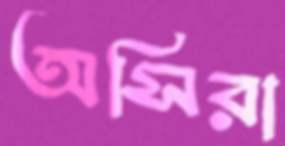
অসিরা